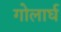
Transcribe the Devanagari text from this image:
गोलार्घ